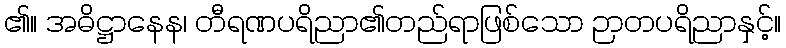
၏။ အဓိဋ္ဌာနေန၊ တီရဏပရိညာ၏တည်ရာဖြစ်သော ဉာတပရိညာနှင့်။